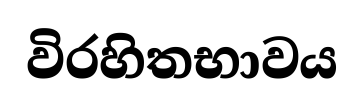
විරහිතභාවය